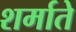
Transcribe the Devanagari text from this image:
शर्माते